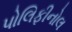
પોલિફીનોલ